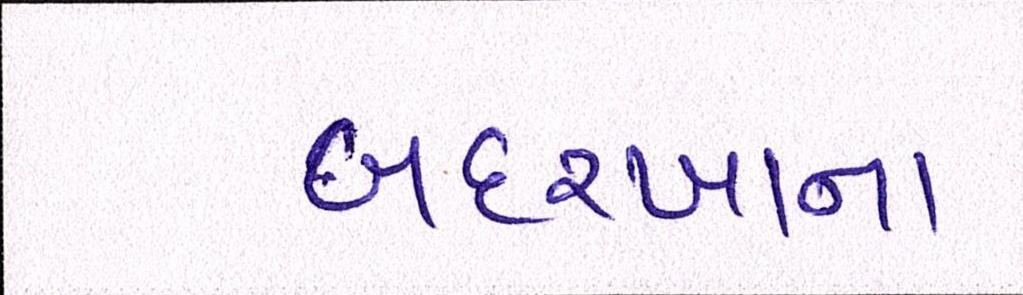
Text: બદરખાના